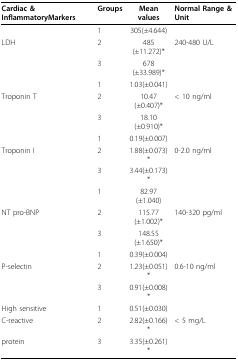
<table><thead><tr><td><b>Cardiac &amp; InflammatoryMarkers</b></td><td><b>Groups</b></td><td><b>Mean values</b></td><td><b>Normal Range &amp; Unit</b></td></tr></thead><tbody><tr><td></td><td>1</td><td>305(±4.644)</td><td></td></tr><tr><td>LDH</td><td>2</td><td>485(±11.272)*</td><td>240-480 U/L</td></tr><tr><td></td><td>3</td><td>678(±33.989)*</td><td></td></tr><tr><td></td><td>1</td><td>1.03(±0.041)</td><td></td></tr><tr><td>Troponin T</td><td>2</td><td>10.47(±0.407)*</td><td>&lt; 10 ng/ml</td></tr><tr><td></td><td>3</td><td>18.10(±0.910)*</td><td></td></tr><tr><td></td><td>1</td><td>0.19(±0.007)</td><td></td></tr><tr><td>Troponin I</td><td>2</td><td>1.88(±0.073)*</td><td>0-2.0 ng/ml</td></tr><tr><td></td><td>3</td><td>3.44(±0.173)*</td><td></td></tr><tr><td></td><td>1</td><td>82.97(±1.040)</td><td></td></tr><tr><td>NT pro-BNP</td><td>2</td><td>115.77(±1.002)*</td><td>140-320 pg/ml</td></tr><tr><td></td><td>3</td><td>148.55(±1.650)*</td><td></td></tr><tr><td></td><td>1</td><td>0.39(±0.004)</td><td></td></tr><tr><td>P-selectin</td><td>2</td><td>1.23(±0.051)*</td><td>0.6-10 ng/ml</td></tr><tr><td></td><td>3</td><td>0.91(±0.008)*</td><td></td></tr><tr><td>High sensitive</td><td>1</td><td>0.51(±0.030)</td><td></td></tr><tr><td>C-reactive</td><td>2</td><td>2.82(±0.166)*</td><td>&lt; 5 mg/L</td></tr><tr><td>protein</td><td>3</td><td>3.35(±0.261)*</td><td></td></tr></tbody></table>